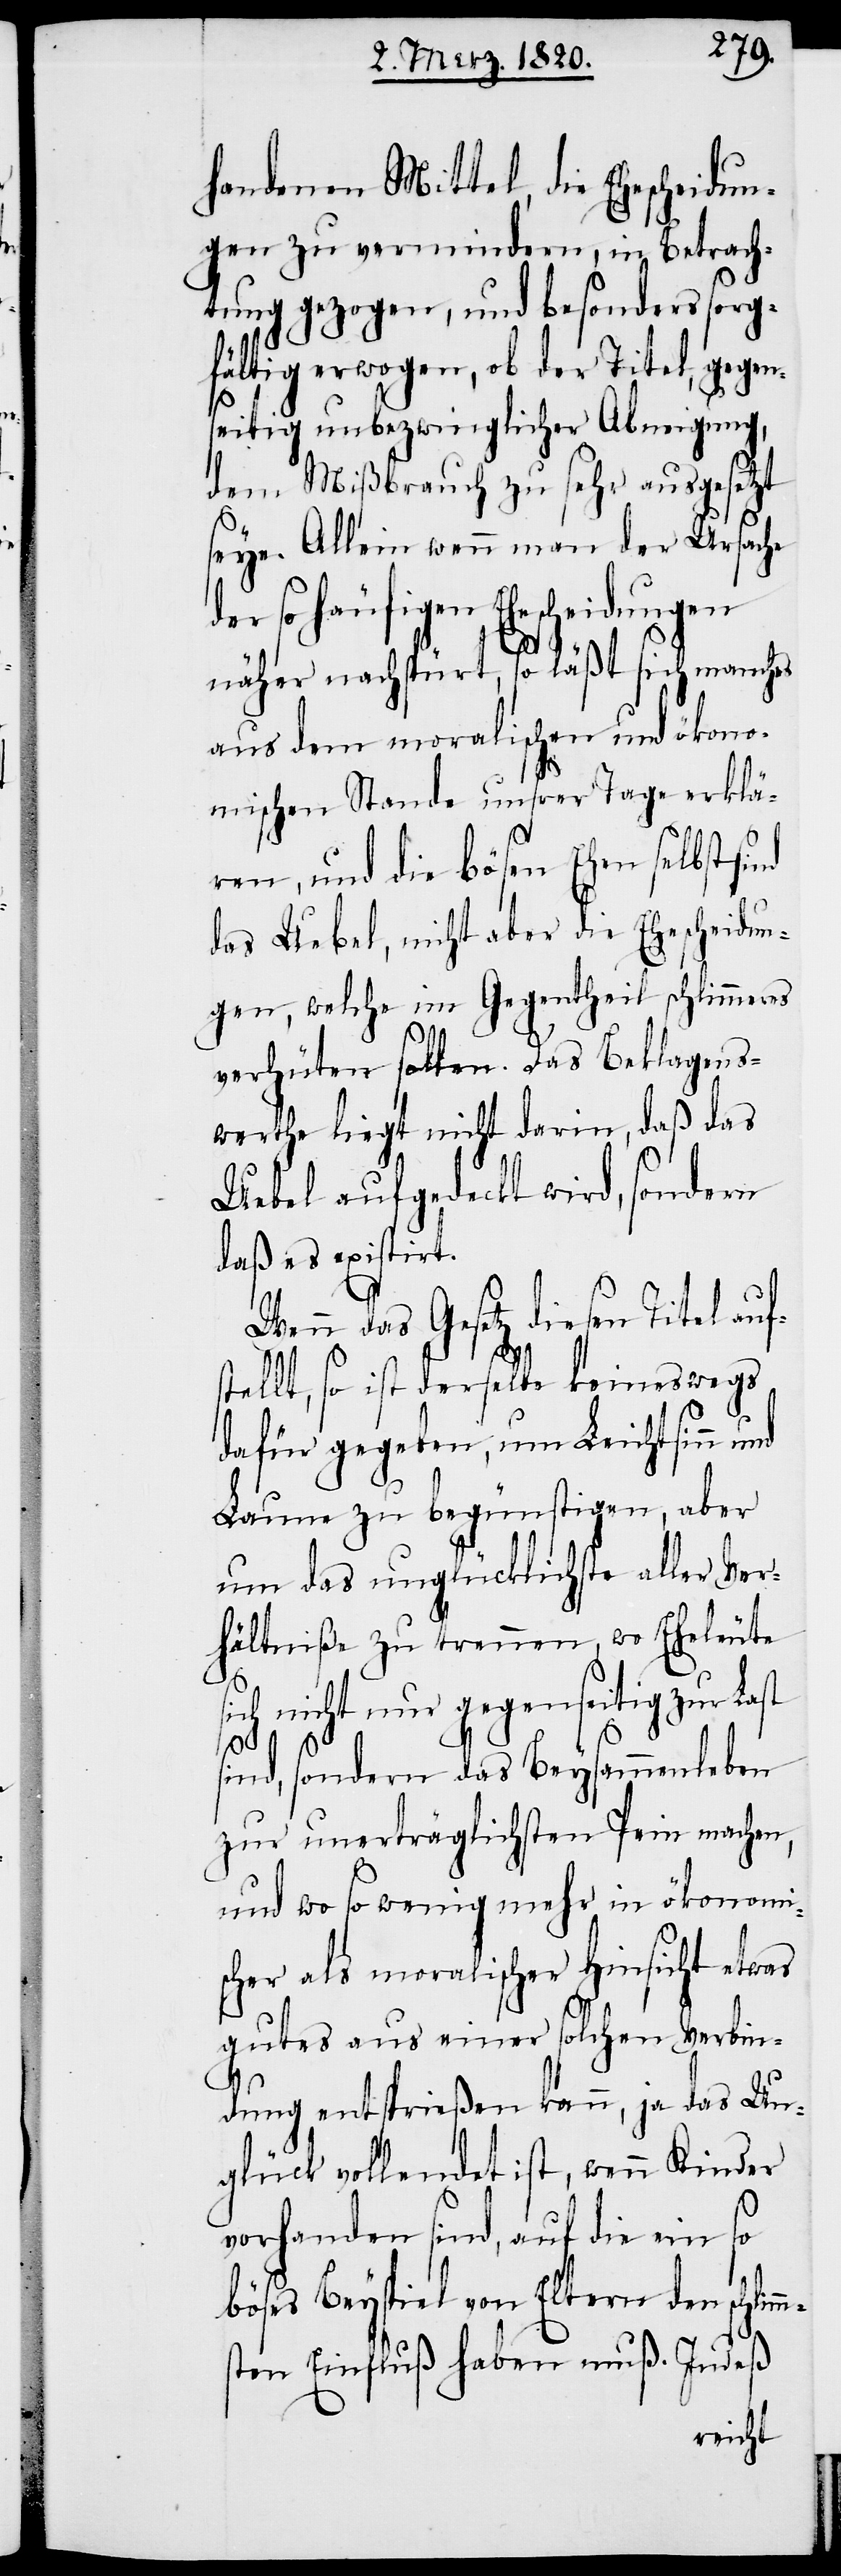
handenen Mittel, die Ehescheidun¬
gen zu vermindern, in Betrach¬
tung gezogen, und besonders sorg¬
fältig erwogen, ob der Titel, gegen¬
seitig unbezwinglicher Abneigung,
dem Mißbrauch zu sehr ausgesetzt
seye. Allein wenn man der Ursache
so häufigen Ehescheidungen
näher nachspürt, so läßt sich manches
aus dem moralischen und ökono¬
mischen Stande unsrer Tage erklä¬
ren, und die bösen Ehen selbst
das Uebel, nicht aber die Ehescheidun¬
gen, welche im Gegentheil schlimmeres
verhüten sollen. Das Beklagens¬
werthe liegt nicht darin, daß das
Uebel aufgedeckt wird, sondern
daß es existirt.
Wenn das Gesetz diesen Titel auf¬
stellt, so ist derselbe keineswegs
dafür gegeben, um Leichtsinn und
Laune zu begünstigen, aber
um das unglücklichste aller Ver¬
hältniße zu trennen, wo Eheleute
sich nicht nur gegenseitig zur Last
sind, sondern das Beysammenleben
zur unerträglichsten Pein machen,
und wo so wenig mehr in ökonomi¬
scher als moralischer Hinsicht etwas
gutes aus einer solchen Verbin¬
dung entsprießen kann, ja das Un¬
glück vollendet ist, wenn Kinder
vorhanden sind, auf die ein so
böses Beyspiel von Eltern den schlim¬
msten Einfluß haben muß. Indeß